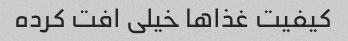
کیفیت غذا‌ها خیلی افت کرده